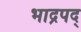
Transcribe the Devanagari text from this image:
भाद्रपद्